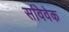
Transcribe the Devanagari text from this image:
सविवेक